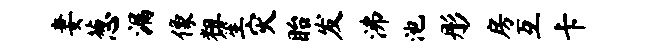
妻葱漏像粗笙灾眙发沸池彤房互卡